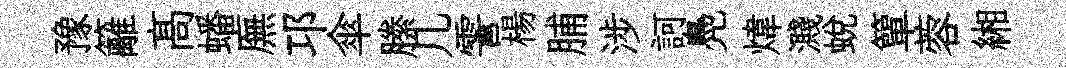
豫籬髙蟠廡邛傘縢几霅楊脯涉訶鳧煒濺蛻簞蓉緗